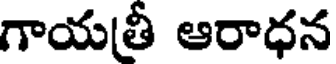
గాయత్రీ ఆరాధన